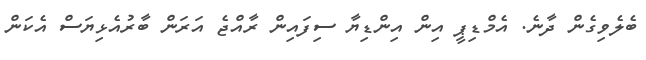
ބެލެވިގެން ދާނެ. އެމްޑިޕީ އިން އިންޑިޔާ ސިފައިން ރާއްޖެ އަރަން ބާރުއެޅިޔަސް އެކަން